Vaccination North-Western Provinces and Oudh 1878-1895 - 1878-1895
Year: 1878
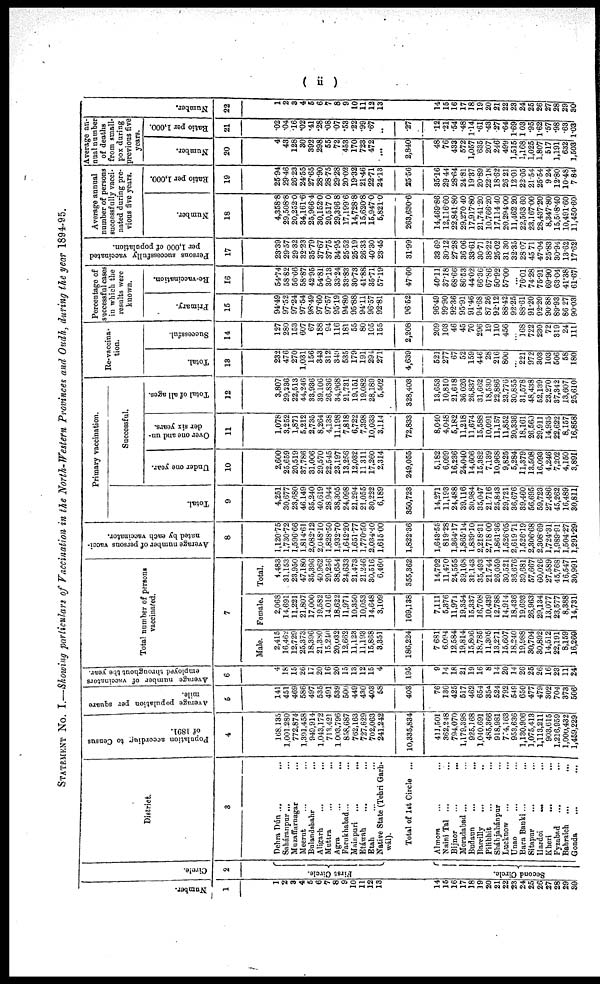
( ii )
STATAMENT No. I.—Showing particulars of Vaccination in the North-Western Provinces and Oudh, during the year 1894-95.
Number.
1
1
2
3
4
5
6
7
8 9
10
11
12
13
14
15
16
17
18
19
20
21
22
23
24
25
26
27
28
29
30
Circle.
2
First Circle.
Second Circle.
District.
3
Dehra Dún ... ...
Saháranpur ... ...
Muzaffarnagar ...
Meerut... ...
Bulandshahr ...
Aligarh ... ...
Muttra
...
...
Agra ... ...
Farukhabad... ...
Mainpuri ...
...
Etáwah ... ...
Etah ... ...
Native State (Tehri Garh-
wál).
Total of 1st Circle ...
Almora ... ...
Naini Tal ... ...
Bijnor
...
...
Moradabad ....
Budaun
...
...
Bareilly ... ...
Pilibhit ... ...
Sháhjahánpur ...
Lucknow ... ...
Unao ... ...
Bara Banki ... ...
Sitapur ... ...
Hardoi ... ...
Kheri
... ...
Fyzabad ... ...
Bahraich ... ...
Gonda
... ...
Population according to Census
of 1891.
4
168,135
1,001,280
772,874
1,391,458
949,914
1,043,172
713,421
1,003,796
858,687
762,163
727,629
702,063
241,242
10,335,834
411,501
362,248
794,070
1,179,398
925,168
1,040,691
485,366
918,981
774,163
953,636
1,130,906
1,075,413
1,113,211
903,615
1,216,959
1,000,432
1,459,229
Average population per square
mile.
5
141
451
469
586
497
535
491
539
500
449
430
403
53
403
76
136
425
517
462
654
354
524
792
549
650
477
479
302
704
373
506
Average number of vaccinators
employed throughout the year.
6
4
18
15
26
17
20
16
20
15
13
12
15
4
195
9
14
18
21
19
16
8
14
20
14
26
25
26
16
23
11
24
Total number of persons
vaccinated.
7
Male.
2,415
16,462
12,729
25,373
18,396
21,380
15,240
20,032
12,662
11,128
11,193
15,868
3,351
186,224
7,681
6,094
12,584
19,814
15,806
18,785
11,305
13,271
15,607
18,240
19,988
30,704
30,892
14,512
22,191
8,159
16,260
Female.
2,068
14,691
11,221
21,807
17,000
19,582
14,016
18,622
11,971
10,350
10,053
14,648
3,109
169,138
7,111
5,376
11,971
19,354
15,337
16,708
10,439
12,788
14,914
18,436
19,693
26,963
29,134
13,077
23,577
8,388
14,731
Total.
4,483
31,153
23,950
47,180
35,396
40,962
29,256
38,654
24,633
21,473
21,246
30,516
6,460
355,362
14,792
11,470
24,555
39,168
31,143
35,493
21,744
26,059
30,521
36,676
39,681
57,667
60,026
27,589
45,768
16,547
30,991
Average number of persons vacci-
nated by each vaccinator.
8
1,120.75
1,730.72
1,596.66
1,814.61
2,082.12
2.048.10
1,828.50
1,932.70
1,642.20
1,651.77
1,770.50
2,034.40
1,615.00
1,822.36
1,643.55
819.28
1,364.17
1,865.14
1,839.10
2,218.31
2,718.00
1,861.36
1,526.05
2,619.71
1,526.19
2,306.68
2,308.69
1,724.31
1,989.91
1,504.27
1,291.29
Primary vaccination.
Successful.
Total.
9
4,251
30,677
23,680
46,149
35,240
40,619
28,944
38,305
24,098
21,294
21,055
30,222
6,189
350,723
14,271
11,193
24,488
39,116
30,984
35,047
21,716
25,843
29,721
36,676
39,460
56,695
59,723
27,486
45,262
16,489
30,811
Under one year.
10
2,600
25,659
20,519
37,786
31,006
29,570
22,545
23,197
13,256
12,032
11,311
17,260
2,314
249,055
5,182
6,099
16,236
24,040
14,606
15,382
7,139
10,968
9,825
5,284
11,379
13,508
16,093
4,246
7,202
4,150
3,891
Over one and un-
der six years.
11
1,078
3,252
1,871
5,212
2,735
8,264
4,138
11,198
7,818
6,722
7,398
10,033
3,114
72,833
8,040
4,048
5,182
11,218
11,674
15,588
10,091
11,157
11,852
20,336
18,161
26,560
29,911
14,935
22,622
8,157
16,858
Total of all ages.
12
3,807
29,336
22,513
44,246
33,936
39,106
26,836
34,968
21,731
19,151
19,082
28,189
5,502
328,403
13,653
10,810
21,618
36,026
26,837
31,662
18,530
22,886
23,776
30,855
31,578
48,438
52,139
23,270
37,342
13,607
25,610
Re-vaccina-
tion.
Total.
13
232
476
270
1,031
156
343
312
349
535
179
191
294
271
4,639
521
277
67
52
159
446
28
216
800
...
221
972
303
103
506
58
180
Successful.
14
127
280
153
607
67
188
94
116
181
55
80
105
155
2,208
209
103
46
45
70
296
19
110
456
...
168
722
230
72
319
24
111
Percentage of
successful cases
in which the
results were
known.
Primary.
15
94.49
97.52
97.24
97.54
98.49
97.60
97.57
95.19
94.80
95.88
94.11
96.57
92.81
96.52
96.49
99.90
92.36
95.91
91.46
94.68
87.26
92.12
88.42
92.25
88.61
91.20
92.20
90.88
89.93
86.27
90.03
Re-vaccination.
16
54.74
58.82
56.66
58.87
42.95
54.81
30.13
33.24
33.83
30.73
41.88
35.71
57.19
47.60
40.11
37.18
68.66
86.53
44.02
66.36
67.86
50.92
57.00
...
76.01
74.28
75.91
69.90
63.04
41.38
61.67
Persons successfully vaccinated
per 1,000 of population.
17
23.39
29.57
29.32
32.23
35.79
37.67
37.75
34.95
25.52
25.19
26.33
40.30
23.45
31.99
33.69
30.12
27.28
36.06
33.61
30.71
38.22
25.02
31.30
32.35
28.07
45.71
47.04
25.83
30.94
13.62
17.62
Average annual
number of persons
successfully vacci-
nated during pre-
vious five years.
Number.
18
4,358.8
29,508.8
20,252.0
34,161.6
25,9664
30,152.0
20,517.0
29,396.8
17,199.6
14,728.8
15,620.8
15,947.0
5,821.0
263,630.6
14,469.86
12,116.60
22,841.80
29,270.40
17,917.80
21,741.20
10,766.20
17,114.40
20.294.00
11,462.20
22,563.60
23,167.00
28,437.20
8,347.80
15,508.40
10,491.60
11,450.60
Ratio per 1,000.
19
25.94
29.46
26.23
24.55
27.65
28.90
28.75
29.28
20.02
19.32
21.46
22.71
24.13
25.56
35.16
29.44
28.64
24.81
19.37
20.89
22.18
18.62
26.21
12.01
22.05
21.54
25.54
9.24
12.80
10.48
7.84
Average an-
nual number
of deaths
from small-
pox during
previous five
years.
Number.
20
4
43
128
30
392
298
55
72
453
170
723
472
...
2,840
48
76
433
572
1,057
635
207
246
499
1,515
1,168
1,025
1.807
517
1,191
632
1,503
Ratio per 1,000.
21
.02
.04
.16
.02
.41
.28
.08
.07
.53
.22
.99
.67
...
.27
.12
.21
.54
.48
1.14
.61
.43
.27
.64
1.69
1.03
.95
1.62
.57
.98
.63
1.03
Number.
22
1
2
3
4
5
6
7
8
9
10
11
12
13
14
15
16
17
18
19
20
21
22
23
24
25
26
27
28
29
30